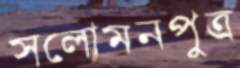
সলোমনপুত্র